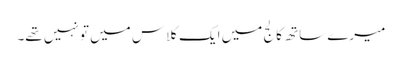
میرے ساتھ کالج میں ایک کلاس میں تو نہیں تھے۔